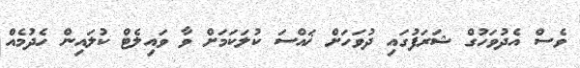
ވެސް އެދުވަހުގް ޝަރަފުގައި ދުވަހަށް ޚައްސަ ކުލަކަމަށް ވާ ވައިލެޓް ކުލައިން ހެދުމެއް